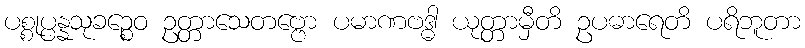
ပစ္စုပ္ပန္နသုခဉ္စေဝ ဥတ္တာသေတဗ္ဗော ပမာဏဗဒ္ဓါ ယုတ္တာမှီတိ ဥပဓာရေတိ ပရိဘူတာ